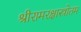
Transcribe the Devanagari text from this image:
श्रीरामरक्षास्त्रोतम